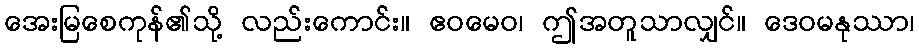
အေးမြစေကုန်၏သို့ လည်းကောင်း။ ဧဝမေဝ၊ ဤအတူသာလျှင်။ ဒေဝမနုဿာ၊